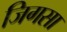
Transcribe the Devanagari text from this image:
जिगसा